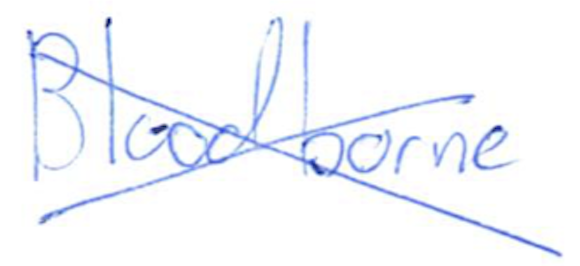
Text: Bloodborne
Cross-out: cross
Writing tool: ballpoint